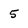
Character: 5